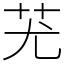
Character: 𦬓